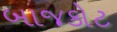
બાજકોટ